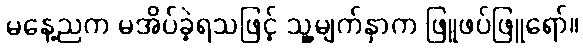
မနေ့ညက မအိပ်ခဲ့ရသဖြင့် သူ့မျက်နှာက ဖြူဖပ်ဖြူရော်။